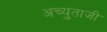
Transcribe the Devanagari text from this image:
अच्युताजी